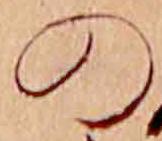
の